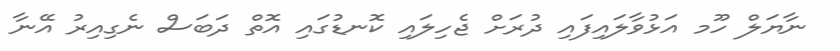
ނާޔަލް ހޫމ އަޅުވާލައިފައި ދުރަށް ޖެހިލައި ކޮނޑުގައި އޮތް ދަބަސް ނެގިއިރު އޭނާ